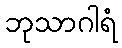
ဘုသာဂါရံ